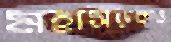
মহাসড়কও